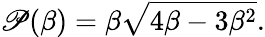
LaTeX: \mathscr{P}(\beta)={\beta\sqrt{4\beta-3\beta^{2}}}.